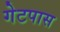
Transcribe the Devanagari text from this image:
गेटपास